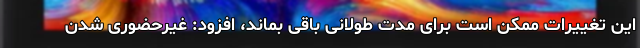
این تغییرات ممکن است برای مدت طولانی باقی بماند، افزود: غیرحضوری شدن